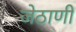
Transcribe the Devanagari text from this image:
जेठाणी